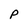
Character: p